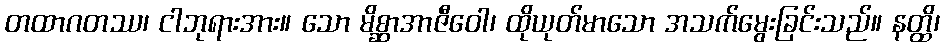
တထာဂတဿ၊ ငါဘုရားအား။ သော မိစ္ဆာအာဇီဝေါ၊ ထိုယုတ်မာသော အသက်မွေးခြင်းသည်။ နတ္ထိ၊